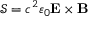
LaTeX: { \mathcal { S } } = c ^ { 2 } \varepsilon _ { 0 } \mathbf { E } \times \mathbf { B }